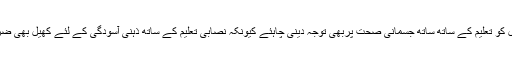
نوجوان نسل کو تعلیم کے ساتھ ساتھ جسمانی صحت پربھی توجہ دینی چاہئے کیونکہ نصابی تعلیم کے ساتھ ذہنی آسودگی کے لئے کھیل بھی ضروری ہے۔